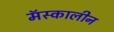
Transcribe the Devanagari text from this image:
मॅस्कालीन